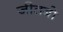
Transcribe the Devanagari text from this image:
जीतबो